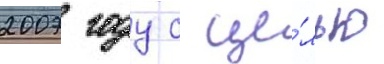
2007 году с це́лью